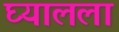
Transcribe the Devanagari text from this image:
घ्यालला